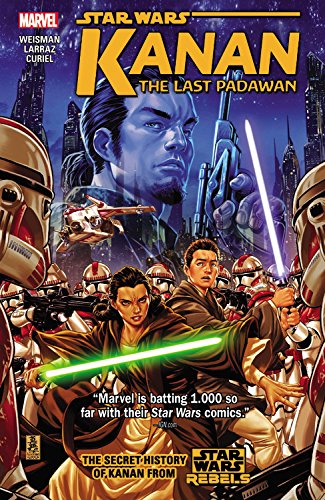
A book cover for Star Wars: Kanan: The Last Padawan Vol. 1; Marvel Comics; Comics & Graphic Novels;